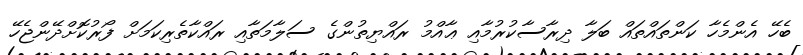
ބެހޭ އެންމެހާ ކަންތައްތައް ބަލާ ދިރާސާކުރުމާއި ޢާއްމު ރައްޔިތުންގެ ސަލާމަތާއި ރައްކާތެރިކަމަށް ފޯރުކޮށްދޭންޖެހޭ